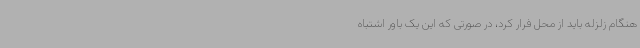
هنگام زلزله باید از محل فرار کرد، در صورتی‌ که این یک باور اشتباه